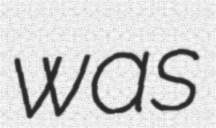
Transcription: was